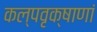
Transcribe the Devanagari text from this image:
कल्पवृक्षाणां